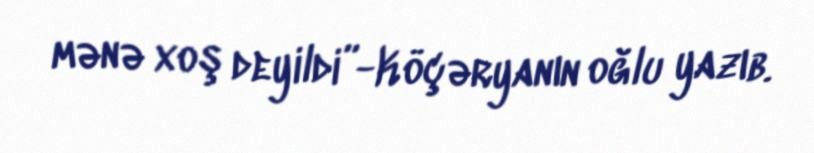
mənə xoş deyildi”-Köçəryanın oğlu yazıb.